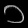
Digit: ၁